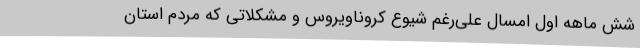
شش ماهه اول امسال علی‌رغم شیوع کروناویروس و مشکلاتی که مردم استان